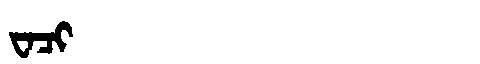
Manchu: ᠸᠠᠴᡳ
Romanization: WACI